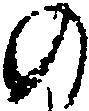
の